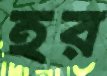
হর